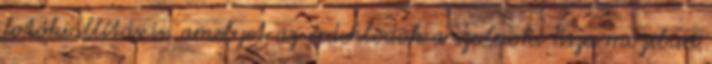
fotókiállítás is, amelyet az érdeklõdõk a szolnoki Tisza moziban